Report of the Bombay Veterinary College
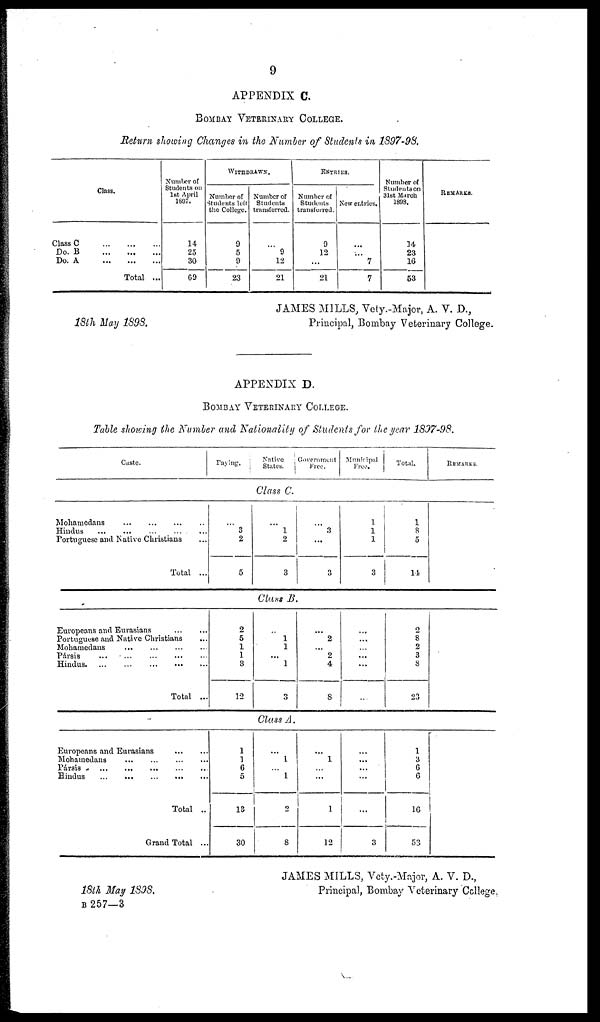
9
APPENDIX C.
BOMBAY VETERINARY COLLEGE.
Return showing Changes in the Number of Students in 1897-98.
Class.
Class C
Do. B
Do. A
...
...
...
...
...
...
Total
...
...
...
...
Number of
Students on
1st April
1897.
14
25
30
69
WITHDRAWN.
Number of
Students left
the College.
9
5
9
23
Number of
Students
transferred.
...
9
12
21
ENTRIES.
Number of
Students
transferred.
9
12
...
21
New
entries.
...
...
7
7
Number of
Students on
31st March
1898.
14
23
16
53
REMARKS.
JAMES MILLS, Vety.-Major, A. V. D.,
18th May 1898.
Principal, Bombay Veterinary College.
APPENDIX D.
BOMBAY VETERINARY COLLEGE.
Table showing the Number and Nationality of Students for the year 1897-98.
Caste.
Paying.
Native
States.
Government
Free.
Municipal
Free.
Total.
REMARKS.
Class C.
Mohamedans
Hindus
...
...
...
...
...
...
...
Portuguese and Native Christians
Total
...
...
...
...
...
3
2
5
... 1
2
3
... 3
...
3
1
1
1
3
1
8
5
14
Class B.
Europeans and Eurasians
...
Portuguese and Native Christians
Mohamedans
Pársis ...
Hindus
...
...
...
...
...
...
...
...
...
...
Total
...
...
...
...
...
...
2
5
1
1
3
12
...
1
1
...
1
3
...
2
...
2
4
8
...
...
...
...
...
...
2
8
2
3
8
23
Class A.
Europeans and Eurasians
Mohamedans
Pársis
...
Hindus
...
...
...
...
...
...
...
...
...
...
...
Total
Grand Total
...
...
...
...
...
...
1
1
6
5
13
30
...
1
... 1
2
8
...
1
...
...
1
12
...
...
...
...
...
3
1
3
6
6
16
53
JAMES MILLS, Vety.-Major, A. V. D.,
18th May 1898.
Principal, Bombay Veterinary College.
B 257—3